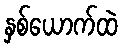
နှစ်ယောက်ထဲ